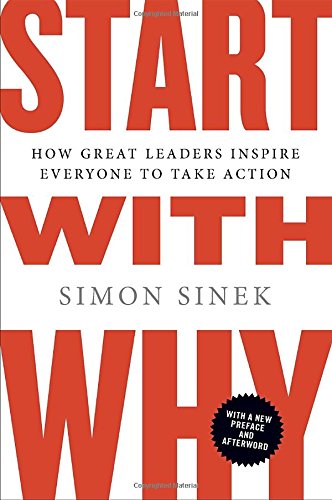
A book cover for Start with Why: How Great Leaders Inspire Everyone to Take Action; Simon Sinek; Mystery, Thriller & Suspense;